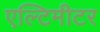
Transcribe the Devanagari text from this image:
एल्टिमीटर